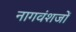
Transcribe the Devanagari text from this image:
नागवंशजों